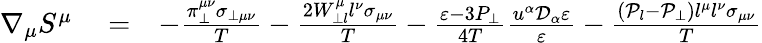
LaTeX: \begin{array}{rlr}{\nabla_{\mu}S^{\mu}}&{{}=}&{-\frac{\pi_{\perp}^{\mu\nu}\sigma_{\perp\mu\nu}}{T}-\frac{2W_{\perp l}^{\mu}l^{\nu}\sigma_{\mu\nu}}{T}-\frac{\varepsilon-3P_{\perp}}{4T}\frac{u^{\alpha}\mathcal{D}_{\alpha}\varepsilon}{\varepsilon}-\frac{(\mathcal{P}_{l}-\mathcal{P}_{\perp})l^{\mu}l^{\nu}\sigma_{\mu\nu}}{T}}\end{array}